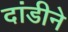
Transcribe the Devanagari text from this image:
दांडीने